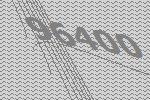
96400